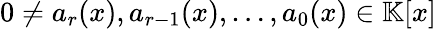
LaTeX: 0\neq a_{r}(x),a_{r-1}(x),\ldots,a_{0}(x)\in\mathbb{K}[x]